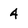
Character: 4